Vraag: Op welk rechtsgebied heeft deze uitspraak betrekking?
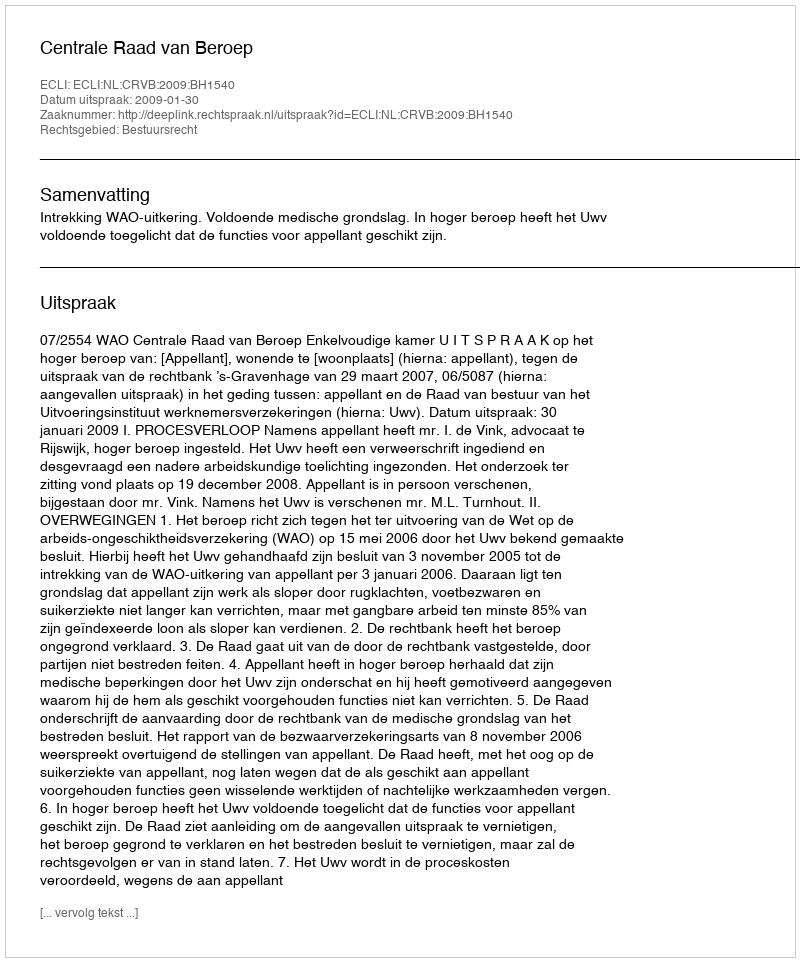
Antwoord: Bestuursrecht